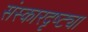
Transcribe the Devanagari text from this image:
संस्कारदृष्ट्या